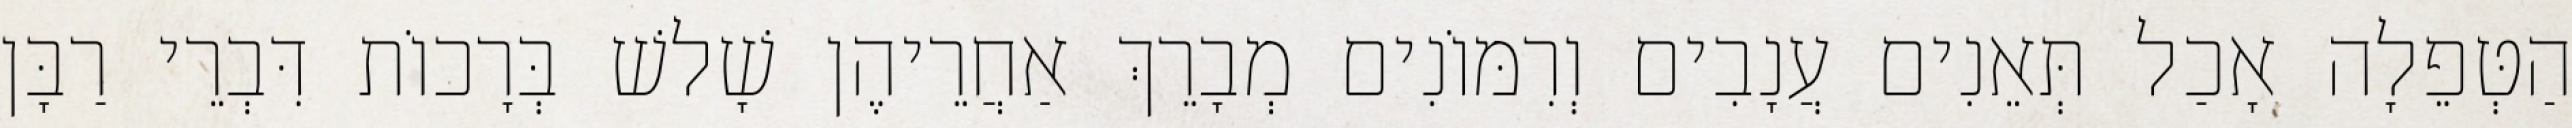
הַטְּפֵלָה אָכַל תְּאֵנִים עֲנָבִים וְרִמּוֹנִים מְבָרֵךְ אַחֲרֵיהֶן שָׁלשׁ בְּרָכוֹת דִּבְרֵי רַבָּן